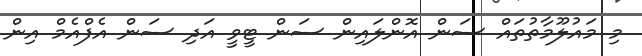
މި މައުލޫމާތުތައް ސަން އޮންލައިން ސަން ޓީވީ އަދި ސަން އެފްއެމް އިން